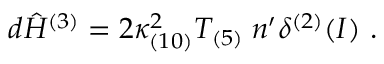
d { \hat { H } } ^ { ( 3 ) } = 2 \kappa _ { ( 1 0 ) } ^ { 2 } T _ { ( 5 ) } \; n ^ { \prime } \delta ^ { ( 2 ) } ( { \cal I } ) \ .